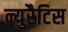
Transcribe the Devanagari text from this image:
न्युरैटिस